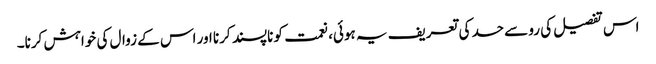
اس تفصیل کی رو سے حسد کی تعریف یہ ہوئی، نعمت کو ناپسند کرنا اور اس کے زوال کی خواہش کرنا۔